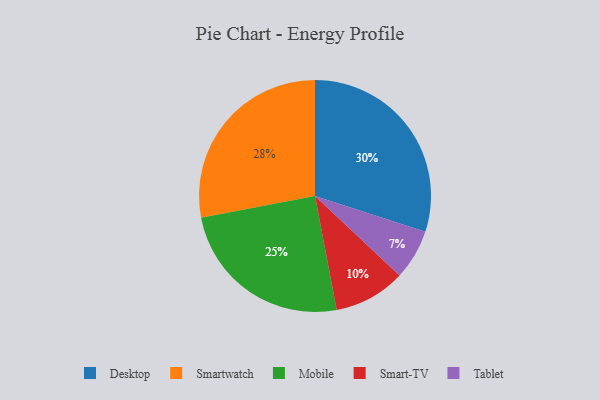
{"axis": {"x": "Category", "y": "Percentage"}, "legend": ["Desktop", "Mobile", "Smart-TV", "Smartwatch", "Tablet"], "data": [{"x": "Tablet", "y": 7, "type": "Tablet"}, {"x": "Desktop", "y": 30, "type": "Desktop"}, {"x": "Mobile", "y": 25, "type": "Mobile"}, {"x": "Smartwatch", "y": 28, "type": "Smartwatch"}, {"x": "Smart-TV", "y": 10, "type": "Smart-TV"}]}